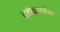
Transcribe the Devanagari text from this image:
दृष्टीक्षमतेचा